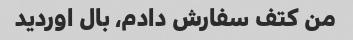
من کتف سفارش دادم، بال اوردید